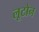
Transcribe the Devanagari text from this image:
लूटोन